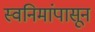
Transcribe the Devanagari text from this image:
स्वनिमांपासून